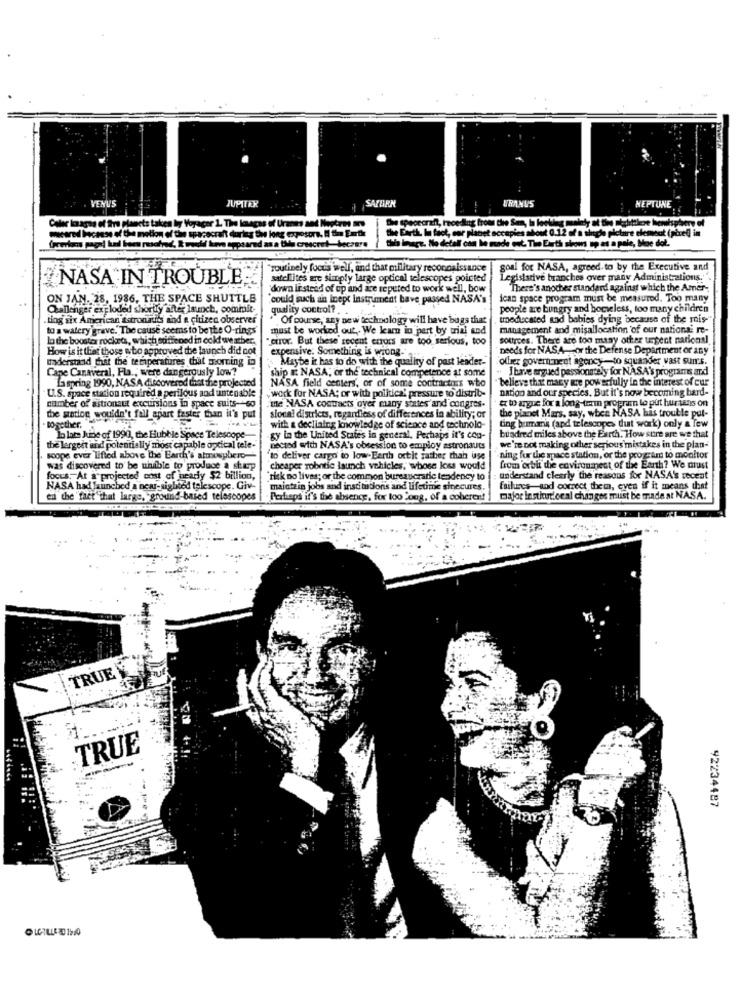
VENUS
JUPITER
SATURN
URANUS
NEPTUNE
agua of the planets taken by Voyager
e Earth, In fact, co
0.12 of a single picture element (pixel] in
weared because of the motion of the
out The Earth shows up as a pole, Moe dol.
"routinely focus well, and that military reconnaissance
goal for NASA, agreed to by the Executive and
NASA IN TROUBLE
satellites mat simply large optical telescopes pointed
Legislative branches over many Administrations."
'down it steed of up and are reputed to work well, bow
"There's anocher standard against which the Amer-
ON JAN. 28, 1986, THE SPACE SHUTTLE
"could such an Inept instrument have passed NASA's
ican space program must be measured. Too many
Challenger exploded shortly after launch, commit-
quality control ?..
people are bungry and homeless, too many children
ting six American Astronauis sind a citizen observer
"Of course, any new technology will have bugs that
tmeducated and babies dying because of the mis-
to a watery grave." The cause seems to be the O-rings
must be worked out, We learn in pert by trial and
management and misallocation of our nationa re-
la the booster rockets, which stiffened in cold weather.
ciror. But these recent errors are too serious, too
sottrees. There are too many other urgent national
How is it this those wbo approved the launch did not
needs for NASA-cor the Defense Department or any
understand that the temperatures that morning in
Maybe it has to do with the quality of past leader-
expensive: Something is wrong-
offer government agency-to squander vast sun:s.
Cape Canaveral, Fla ., were dangerously low?
I have argued passionately for NASA's programs and
La spring 1990, NASA discovered that the projected
ship & NASA; or the technical competence at some
believe that many ære powerfully in the interest of cur
U.S. space station required a perilous and untenable
NASA field centers', or of some contractnes who
nation and our species. But it's now becoming hard-
work for NASA; or with politica' pressure to distrib-
w ague for a long-term progra lo put hurtans on
number of astronaut excursions in space suits-60
te NASA contracts over many states and congres.
the planet Mars, say, when NASA has trouble put-
the satlog wouldn't fall apart faster than it's put
sional districts, regardless of differences in ability; or
together.
with a declining imnowledge of science and technolo-
ting bumak (and telescopes dut work) only a Tew
la late June of 1990, the Hubble Space Telescope
gy in the United States in general, Perhaps it's con-
bundred miles above the Earth. How sure are we that
the largest and potentially most capable optical tele-
nectad with NASA's obsession to employ astronauts
we're not making other serious mistakes in the plan-
scope ever lifted above the Earth's atmosphere --
to deliver cargo to low-Earth octit rather than use
ning for the space station, or the program to monitor
was discovered to be uhdible to produce a sharp
cheaper robntic launch vehicles, whose loss would
from orbit the environment of the Earth? We must
focus. At a projected cost of nearly $2 billion,
risk no lives; or the common bureaucratie tendency to
understand clearly the reasons for NASA's recent
NASA had launched a near-sighted telescope. Giv-
maintz in jobs and institutions and lifetime sinecures.
failures-and correct them, even if it means that
en the fact that large, ground-based telescopes|
Perhaps if's the absence, for too long, of a coheren!
major institutoeal changes must be made at NASA.
TRUE
TRUE
42234487